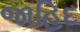
જાહિદ